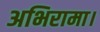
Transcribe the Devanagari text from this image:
अभिरामा।